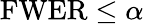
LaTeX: \mathrm{FWER}\leq\alpha\, \!